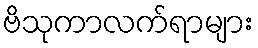
ဗိသုကာလက်ရာများ